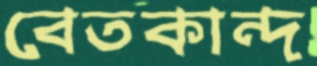
বেতকান্দ